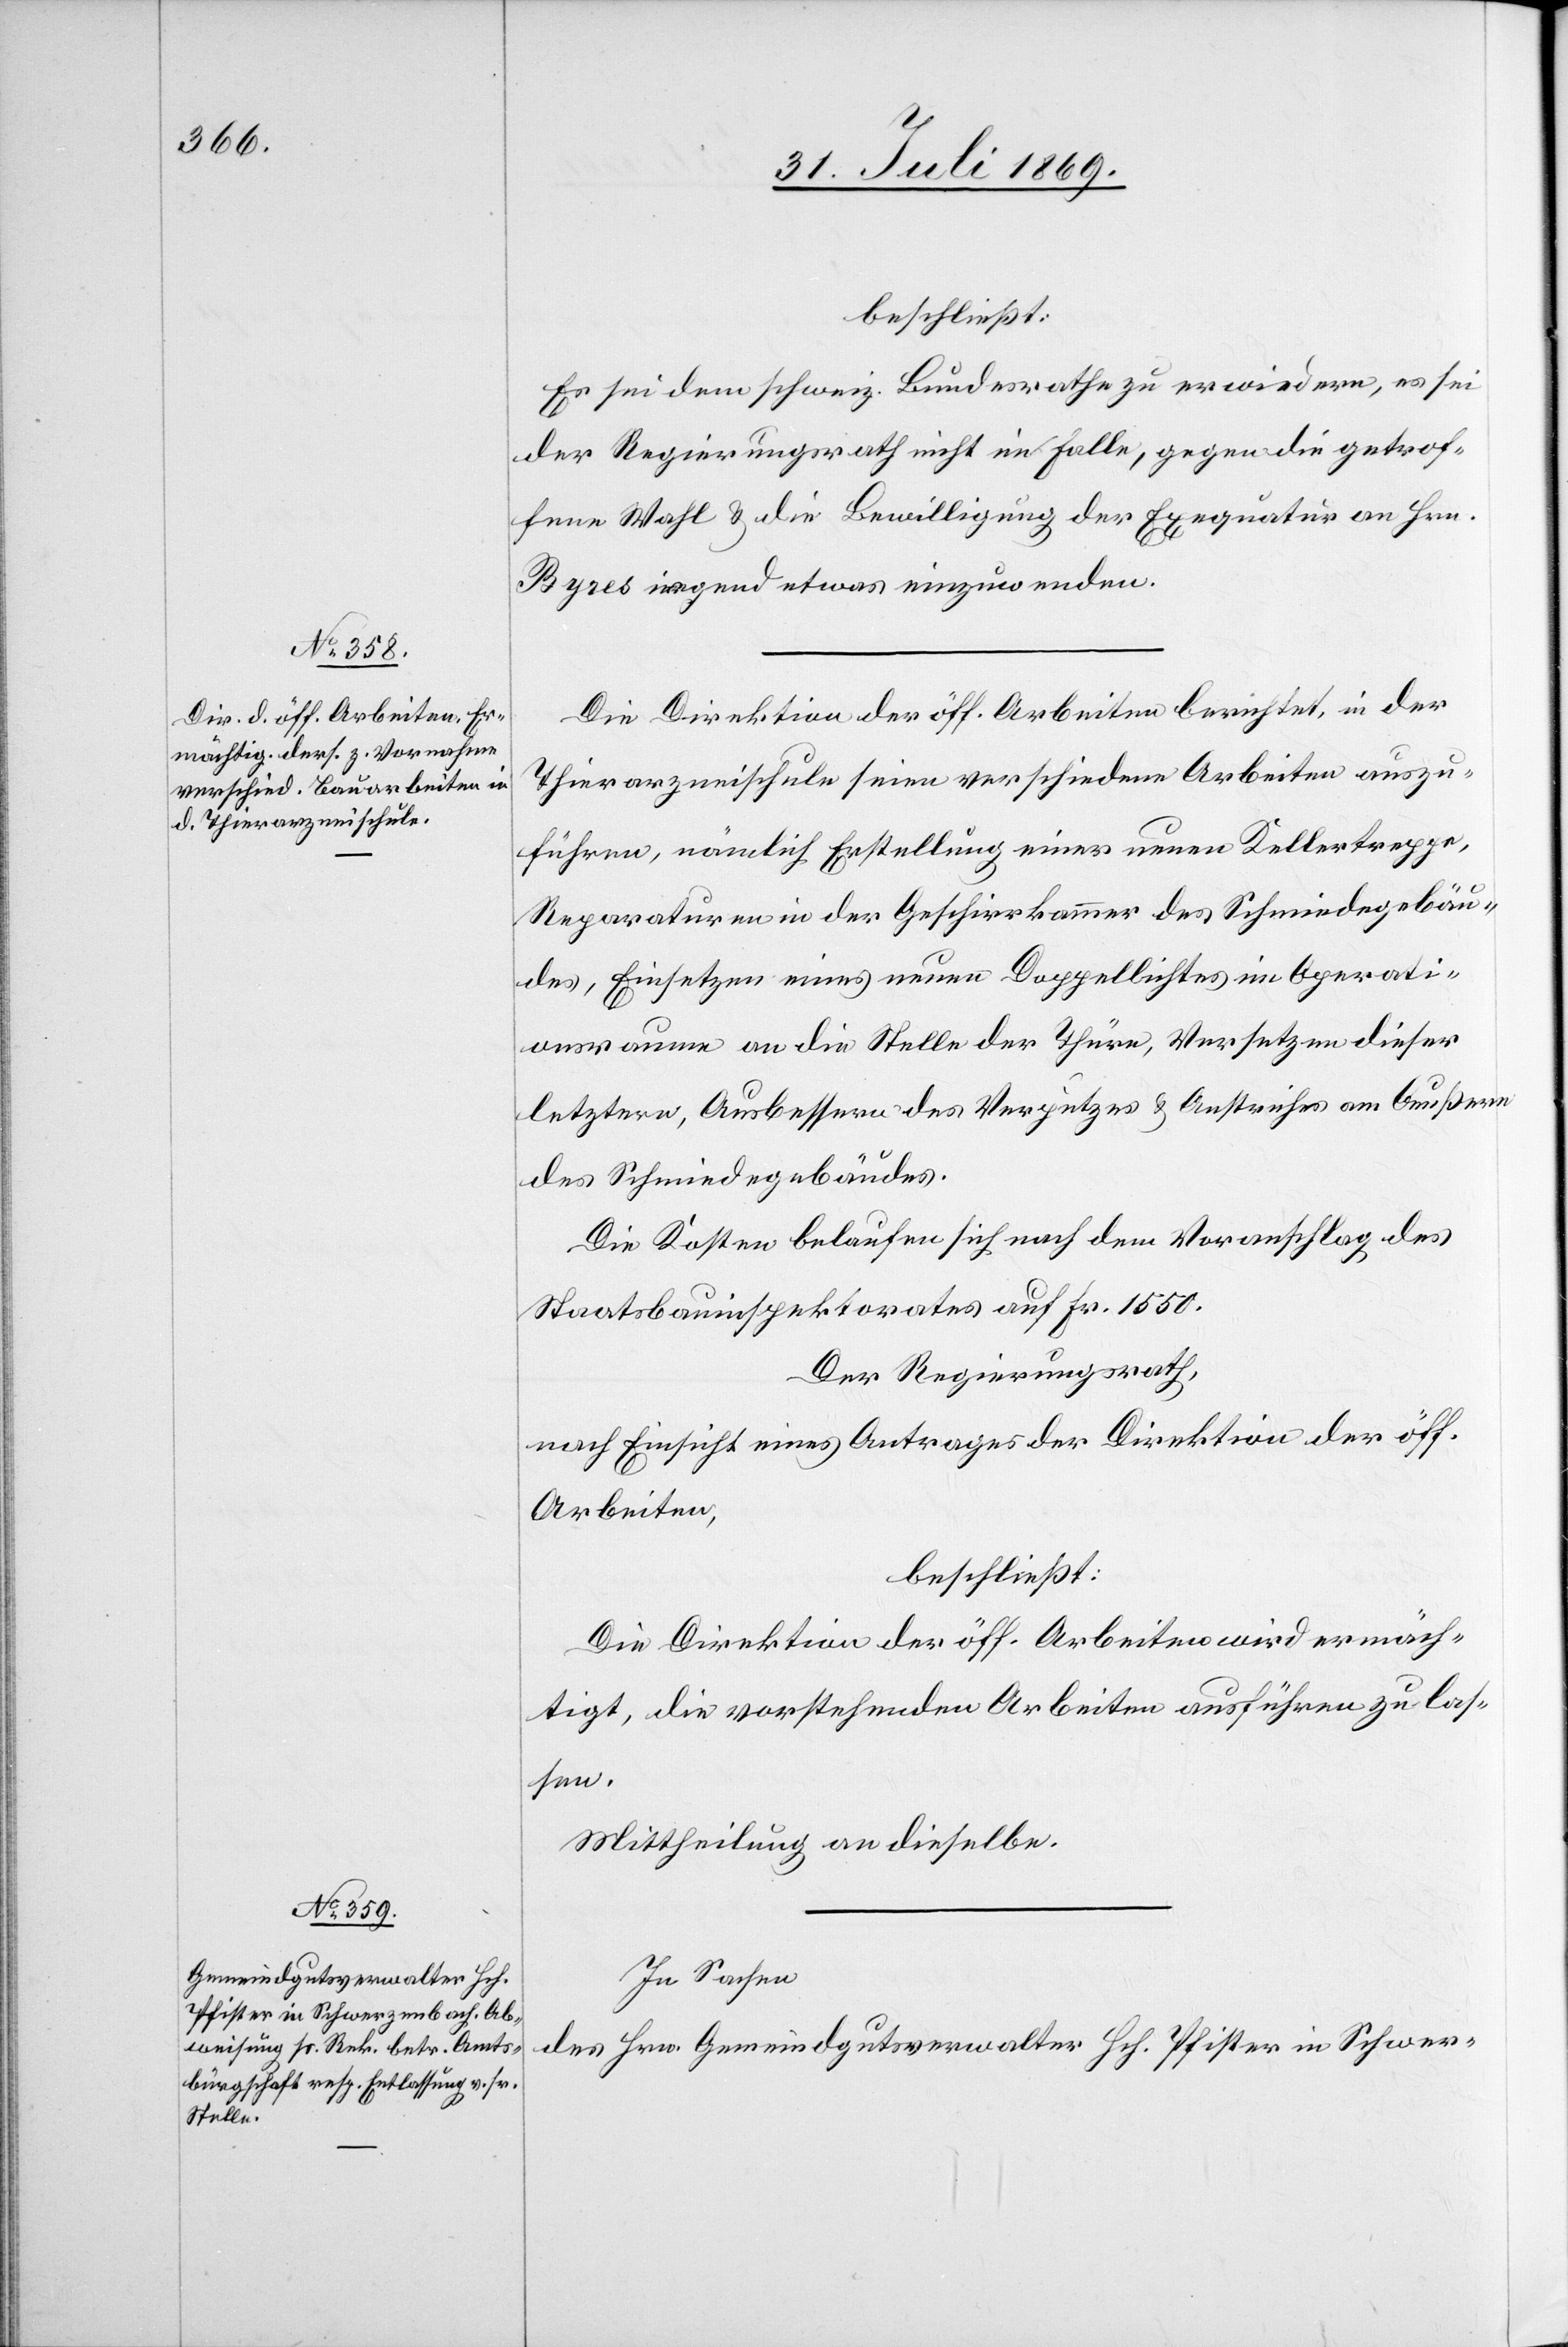
beschließt:
Es sei dem schweiz. Bundesrathe zu erwiedern, es sei
der Regierungsrath nicht im Falle, gegen die getrof¬
fene Wahl u. die Bewilligung der Exequatur an Hrn.
Byres irgend etwas einzuwenden.
Die Direktion der öff. Arbeiten berichtet, in der
Thierarzneischule seien verschiedene Arbeiten auszu¬
führen, nämlich Erstellung einer neuen Kellertreppe,
Reparaturen in der Geschirrkammer des Schmiedegebäu¬
des, Einsetzen eines neuen Doppellichtes im Operati¬
onsraum an die Stelle der Thüre, Versetzen dieser
letztern, Ausbessern des Verputzes u. Anstriches am Aeußern
des Schmiedegebäudes.
Die Kosten belaufen sich nach dem Voranschlag des
Staatsbauinspektorates auf Fr. 1550.
Der Regierungsrath,
nach Einsicht eines Antrages der Direktion der öff.
Arbeiten,
beschließt:
Die Direktion der öff. Arbeiten wird ermäch¬
tigt, die vorstehenden Arbeiten ausführen zu las¬
sen.
Mittheilung an dieselbe.
In Sachen
des Hrn. Gemeindsgutsverwalter Hch. Pfister in Schwer-